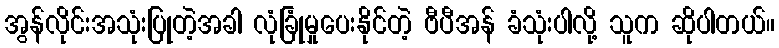
အွန်လိုင်းအသုံးပြုတဲ့အခါ လုံခြုံမှုပေးနိုင်တဲ့ ဗီပီအန် ခံသုံးပါလို့ သူက ဆိုပါတယ်။